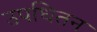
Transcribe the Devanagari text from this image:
उपधितन